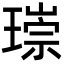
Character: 𤨲